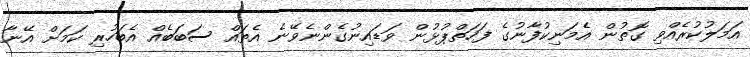
އަމަލުކުރެއްވި ގޮތުން އެމަނިކުފާނުގެ ފަހަތްޕުޅުން ވަޑައިނުގެންނެވޭނެ އެތައް ސަބަބެއް އެބަހުރި ކަމަށް އޭނާ